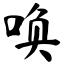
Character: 唤